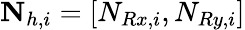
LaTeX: \mathbf{N}_{h,i}=[N_{Rx,i},N_{Ry,i}]